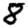
Digit: 8